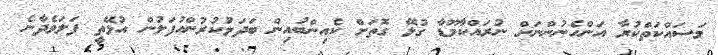
މަސައްކަތްކުރާ އަންހެނުންނަށް ނުރައްކާމޫޑާ ގުޅޭ ގޮތަށް ކެއިންބުއިން ބަދަލުކުރުންއުފަލުން އުޅޭތީ ފަލަވެދާނެ